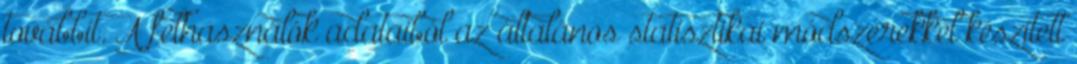
továbbít. A felhasználók adataiból az általános statisztikai módszerekkel készített